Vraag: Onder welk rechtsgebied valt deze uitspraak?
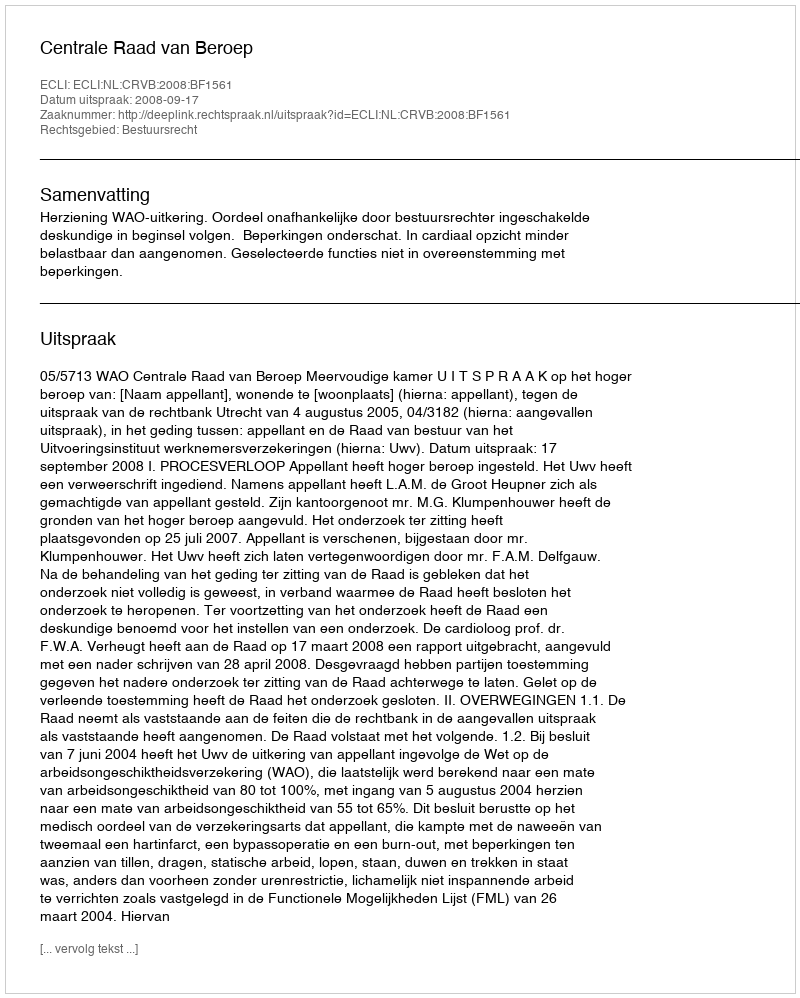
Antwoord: Bestuursrecht